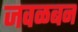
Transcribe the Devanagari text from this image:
जवळबन